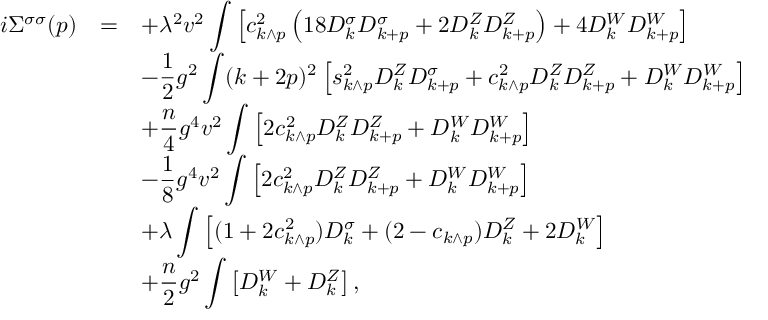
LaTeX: \begin{array} { r c l } { { i \Sigma ^ { \sigma \sigma } ( p ) } } & { { = } } & { { \displaystyle + \lambda ^ { 2 } v ^ { 2 } \int \left[ c _ { k \wedge p } ^ { 2 } \left( 1 8 D _ { k } ^ { \sigma } D _ { k + p } ^ { \sigma } + 2 D _ { k } ^ { Z } D _ { k + p } ^ { Z } \right) + 4 D _ { k } ^ { W } D _ { k + p } ^ { W } \right] } } \\ { { } } & { { } } & { { \displaystyle - \frac { 1 } { 2 } g ^ { 2 } \int ( k + 2 p ) ^ { 2 } \left[ s _ { k \wedge p } ^ { 2 } D _ { k } ^ { Z } D _ { k + p } ^ { \sigma } + c _ { k \wedge p } ^ { 2 } D _ { k } ^ { Z } D _ { k + p } ^ { Z } + D _ { k } ^ { W } D _ { k + p } ^ { W } \right] } } \\ { { } } & { { } } & { { \displaystyle + \frac { n } { 4 } g ^ { 4 } v ^ { 2 } \int \left[ 2 c _ { k \wedge p } ^ { 2 } D _ { k } ^ { Z } D _ { k + p } ^ { Z } + D _ { k } ^ { W } D _ { k + p } ^ { W } \right] } } \\ { { } } & { { } } & { { \displaystyle - \frac { 1 } { 8 } g ^ { 4 } v ^ { 2 } \int \left[ 2 c _ { k \wedge p } ^ { 2 } D _ { k } ^ { Z } D _ { k + p } ^ { Z } + D _ { k } ^ { W } D _ { k + p } ^ { W } \right] } } \\ { { } } & { { } } & { { \displaystyle + \lambda \int \left[ ( 1 + 2 c _ { k \wedge p } ^ { 2 } ) D _ { k } ^ { \sigma } + ( 2 - c _ { k \wedge p } ) D _ { k } ^ { Z } + 2 D _ { k } ^ { W } \right] } } \\ { { } } & { { } } & { { \displaystyle + \frac { n } { 2 } g ^ { 2 } \int \left[ D _ { k } ^ { W } + D _ { k } ^ { Z } \right] , } } \end{array}